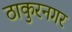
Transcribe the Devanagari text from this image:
ठाकुरनगर